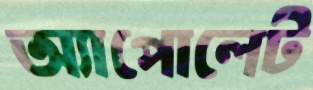
অ্যাপোলেট